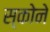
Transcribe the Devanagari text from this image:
स्कोने